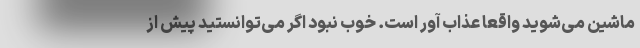
ماشین می‌شوید واقعا عذاب آور است. خوب نبود اگر می‌توانستید پیش از